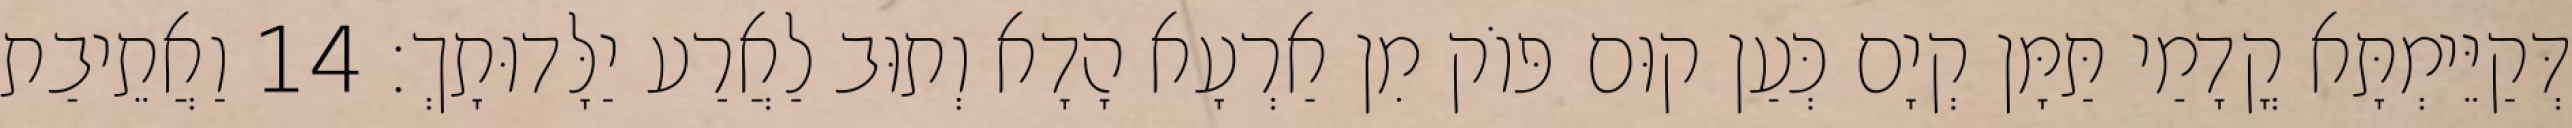
דְּקַיֵּימְתָּא קֳדָמַי תַּמָּן קְיָם כְּעַן קוּם פּוֹק מִן אַרְעָא הָדָא וְתוּב לַאֲרַע יַלָּדוּתָךְ׃ 14 וַאֲתֵיבַת